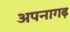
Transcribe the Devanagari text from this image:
अपनागढ़